Report of the Hyderabad Chloroform Commission
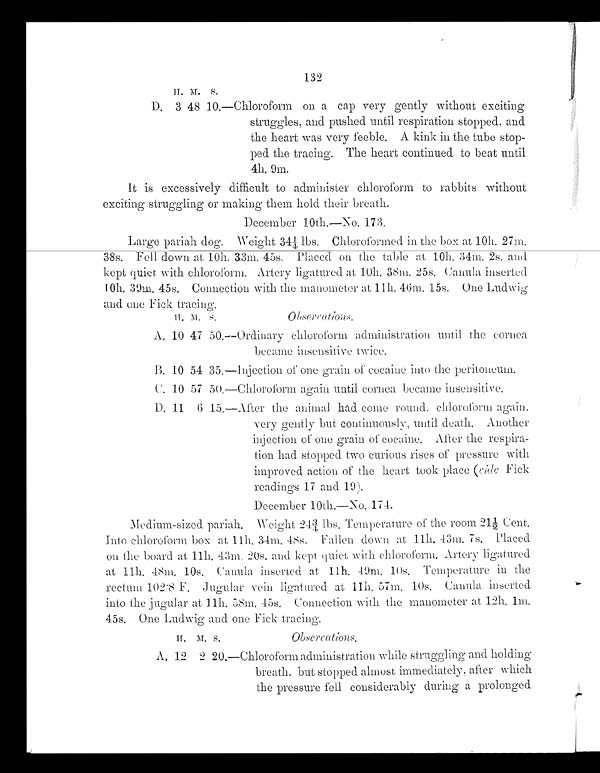
H.
M . S .
D. 3 48 10.—Chloroform on a cap very gently without exciting
struggles, and pushed until respiration stopped, and
the heart was very feeble. A kink in the tube stop-
ped the tracing. The heart continued to beat until
4h. 9m.
It is excessively difficult to administer chloroform to rabbits without
exciting struggling or making them hold their breath.
December 10th.—No. 173.
Large pariah dog. Weight 34 1/4 lbs. Chloroformed in the box at 10h.. 27m.
38s. Fell down at 10h. 33m. 45s. Placed on the table at 10h. 34m. 2s. and
kept quiet with chloroform. Artery ligatured at 10h. 38m. 25s. Canula inserted
10h. 39m. 45s. Connection with the manometer at 11h. 46m. 15s. One Ludwig
and one Fick tracing.
H.
M . S.
o b s e r v a t i o n s .
A. 10 47 50. —Ordinary chloroform administration until the cornea
became insensitive twice.
B. 10 54 35. —Injection of one grain of cocaine into the peritoneum.
C. 10 57 50 —Chloroform again until cornea became insensitive.
D. 11 6 15. —After the animal had come round, chloroform again.
very gently but continuously, until death. Another
injection of one grain of cocaine. After the respira-
tion had stopped two curious rises of pressure with
improved action of the heart took place (vide Fick
readings 17 and 19).
December 10th.—No. 174.
Medium-sized pariah. Weight 24 3/4lbs. Temperature of the room 21 1/2 Cent.
Into chloroform box at 11h. 34m. 48s. Fallen down at 11h. 43m. 7s. Placed
o n t h e b o a r d a t 1 1 h . 4 3 m . 2 0 s . a n d k e p t q u i e t w i t h c h l o r o f o r m . A r t e r y l i g a t u r e d
a t 1 1 h . 4 8 m. 1 0 s . Ca n u l a i n s e r t e d a t 1 1 h . 4 9 m. 1 0 s . Te mp e r a t u r e i n t h e
r e c t u m 1 0 2 . 8 F . J u g u l a r v e i n l i g a t u r e d a t 1 1 h . 5 7 m. 1 0 s . Ca n u l a i n s e r t e d
into the jugular at 11h. 58m. 45s. Connection with the manometer at 12h. 1m.
45s. One Ludwig and one Fick tracing.
H.
M. S.
observations.
A. 12 2
2 0 .
—Chloroform administration while struggling and holding
breath, but stopped almost immediately, after which
the pressure fell considerably during a prolonged